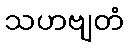
သဟဗျတံ